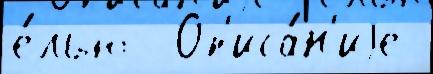
е́лью  Оп'иса́н'иjе